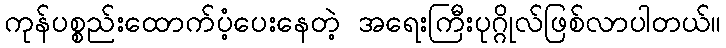
ကုန်ပစ္စည်းထောက်ပံ့ပေးနေတဲ့ အရေးကြီးပုဂ္ဂိုလ်ဖြစ်လာပါတယ်။